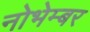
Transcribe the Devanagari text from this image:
नोभेम्बर